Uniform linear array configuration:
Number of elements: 12
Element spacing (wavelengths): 0.25
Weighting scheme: exponential
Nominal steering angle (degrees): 30
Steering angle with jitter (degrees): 29.09
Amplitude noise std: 0.05
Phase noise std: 0.05

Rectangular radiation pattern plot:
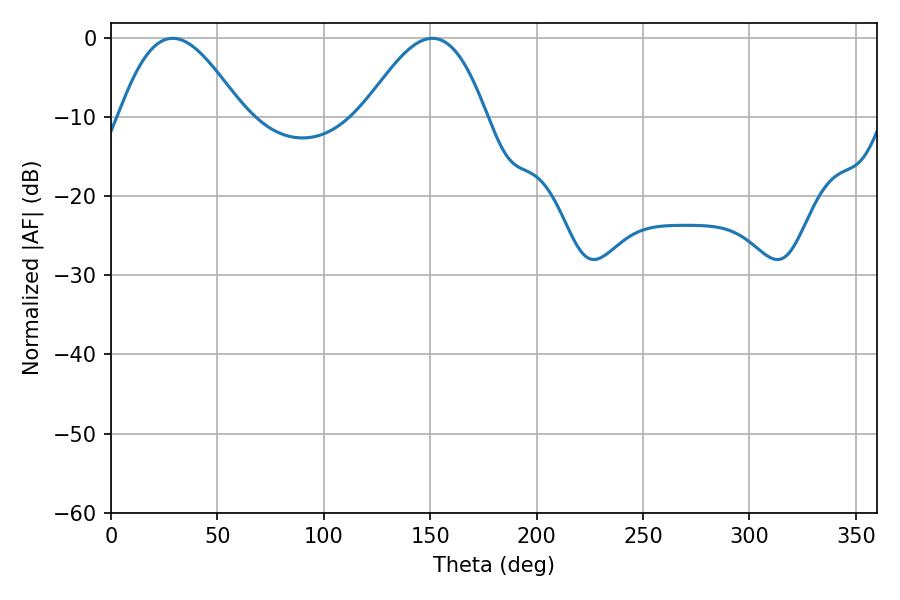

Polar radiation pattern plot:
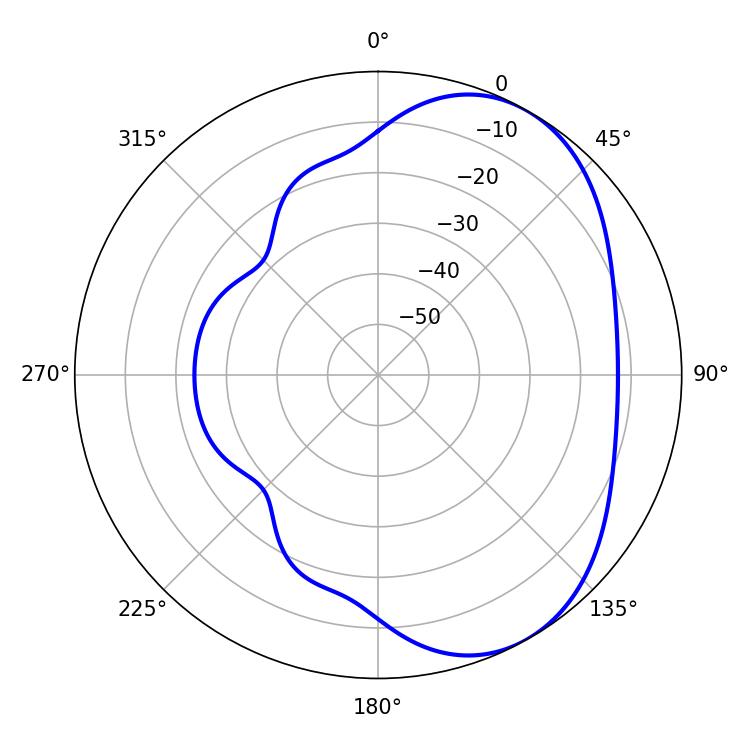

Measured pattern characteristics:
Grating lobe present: FALSE
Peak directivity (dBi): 4.878
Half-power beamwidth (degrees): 31.32
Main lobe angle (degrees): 28.98